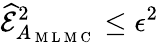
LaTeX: \widehat{\mathcal{E}}_{A_{\mathrm{~M~L~M~C~}}}^{2}\le\epsilon^{2}